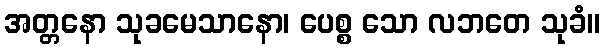
အတ္တနော သုခမေသာနော၊ ပေစ္စ သော လဘတေ သုခံ။